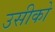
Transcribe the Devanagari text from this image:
उसीको